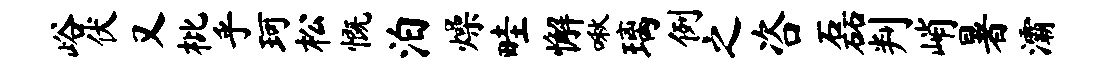
峪伏又枇乎珂松慨泊燥畦懈啾璃例之咨磊判峭暑灞